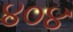
૪૦૪